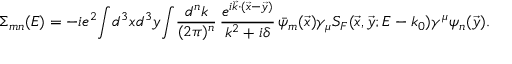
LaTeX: \Sigma _ { m n } ( E ) = - i e ^ { 2 } \! \int \! d ^ { 3 } x d ^ { 3 } y \! \int \! { \frac { d ^ { n } k } { ( 2 \pi ) ^ { n } } } \, { \frac { e ^ { i \vec { k } \cdot ( \vec { x } - \vec { y } ) } } { k ^ { 2 } + i \delta } } \, \bar { \psi } _ { m } ( \vec { x } ) \gamma _ { \mu } S _ { F } ( \vec { x } , \vec { y } ; E - k _ { 0 } ) \gamma ^ { \mu } \psi _ { n } ( \vec { y } ) .